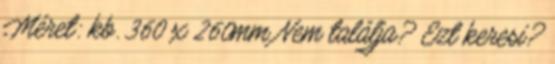
Méret: kb. 360 x 260mm Nem találja? Ezt keresi?